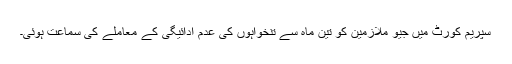
سپریم کورٹ میں جیو ملازمین کو تین ماہ سے تنخواہوں کی عدم ادائیگی کے معاملے کی سماعت ہوئی۔